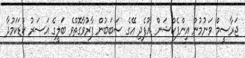
ޖަރާސީމް ވަނުމުން އިންފެކްޝަން އުފެދި އޭގެ ސަބަބުން ފާރުވާގޮތްވެ ބަލީގެ އަސަރު ކުޑަކަމުދާ